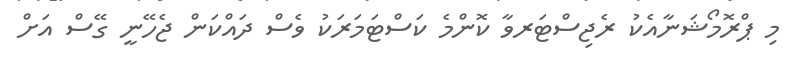
މި ޕްރޮމޯޝަނާއެކު ރެޖިސްޓަރވާ ކޮންމެ ކަސްޓަމަރަކު ވެސް ދައްކަން ޖެހޭނީ ގޭސް އަށް